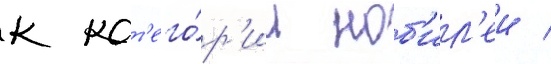
к кат'его́р'ии ноб'ил'еи /